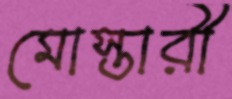
মোস্তারী